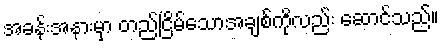
အခန်းအနားမှာ တည်ငြိမ်သောအချစ်ကိုလည်း ဆောင်သည်။